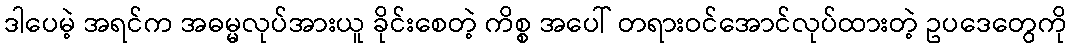
ဒါပေမဲ့ အရင်က အဓမ္မလုပ်အားယူ ခိုင်းစေတဲ့ ကိစ္စ အပေါ် တရားဝင်အောင်လုပ်ထားတဲ့ ဥပဒေတွေကို